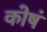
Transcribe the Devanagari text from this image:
कोषं